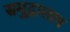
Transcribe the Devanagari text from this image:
समुद्रालाच